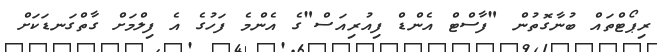
ރިޕޯޓްތައް ބުނާގޮތުން "ފާސްޓް އެންޑް ފިއުރިއަސް"ގެ އެންމެ ފަހުގެ އެ ފިލްމަށް ގާތްގަނޑަކަށް